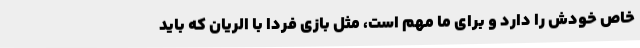
خاص خودش را دارد و برای ما مهم است، مثل بازی فردا با الریان که باید